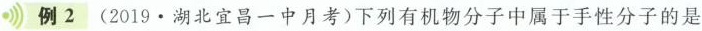
例2(2019·湖北宜昌一中月考)下列有机物分子中属于手性分子的是